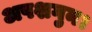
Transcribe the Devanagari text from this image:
अपशगुन।